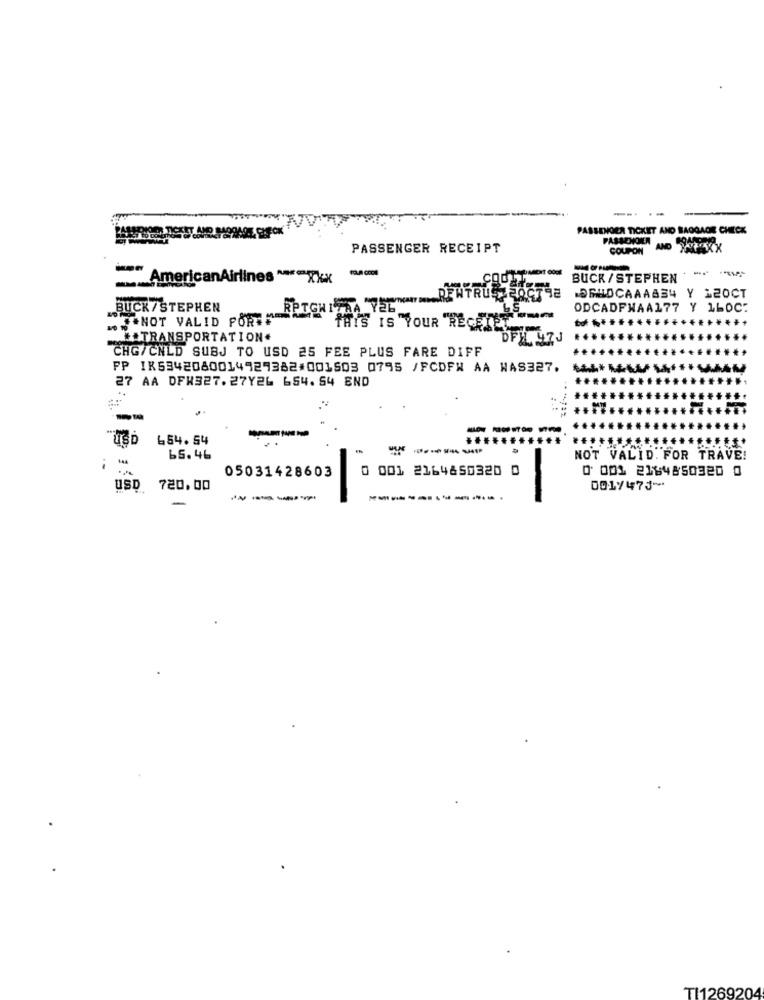
--.
PASSENGER TICKET AND BAGGAGE CHICK
PASSENGER
PASSENGER RECEIPT
COUPON AND TAKK
---
--
.AmericanAirlines *** Xxx
BUCK / STEPHEN
DRUOCAAAAS4 Y 120CT
BUCK /STEPHEN
RETCH ITTA "YEL
ODCADFNAA177 Y 160C:
NELNOT VALID PORT
THIS IS YOUR "REÇEY
TRANSPORTATION.
DFX, 97J
CHG/CNLD SUBJ TO USD 25 FEE PLUS FARE DIFF
....
........
PP IK5342080014929382#001503 0795 /FCDFW AA WAS327.
27 AA DFH327.27Y26 654. 54 END
.........
454.54
....
NO:
-----
144
65.46
NOT VALID. FOR TRAVE!
05031428603
0 001 2164650320 0
0 001 2164850320 0
USD 720.00
0019475~
----
-
---------..
TI1269204